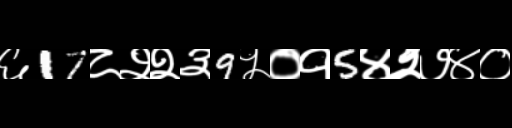
Text: ६17८२२३9५०१5४२७४०